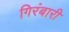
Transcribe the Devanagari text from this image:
गिरंबारी